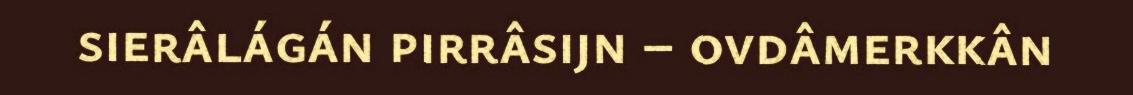
sierâlágán pirrâsijn – ovdâmerkkân